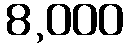
8,000